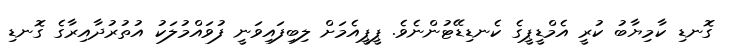
ގޮނޑި ކާމިޔާބު ކުރީ އެމްޑީޕީގެ ކެނޑިޑޭޓުންނެވެ. ޕީޕީއެމަށް ލިބިފައިވަނީ ފުވައްމުލަކު އުތުރުދާއިރާގެ ގޮނޑި